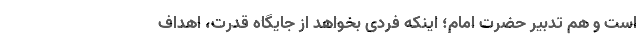
است و هم تدبیر حضرت امام؛ اینکه فردی بخواهد از جایگاه قدرت، اهداف